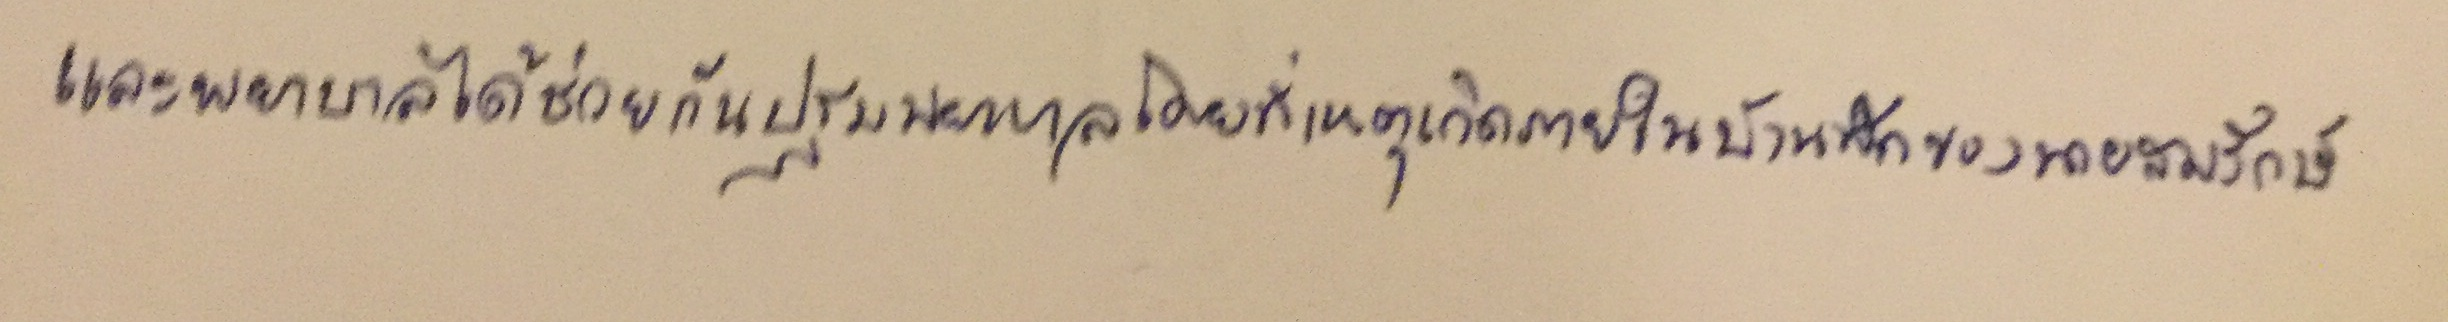
และพยาบาลได้ช่วยกันปฐมพยาบาลโดยที่เหตุเกิดภายในบ้านพักของนายสมรักษ์